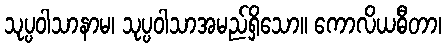
သုပ္ပဝါသာနာမ၊ သုပ္ပဝါသာအမည်ရှိသော။ ကောလိယဓီတာ၊